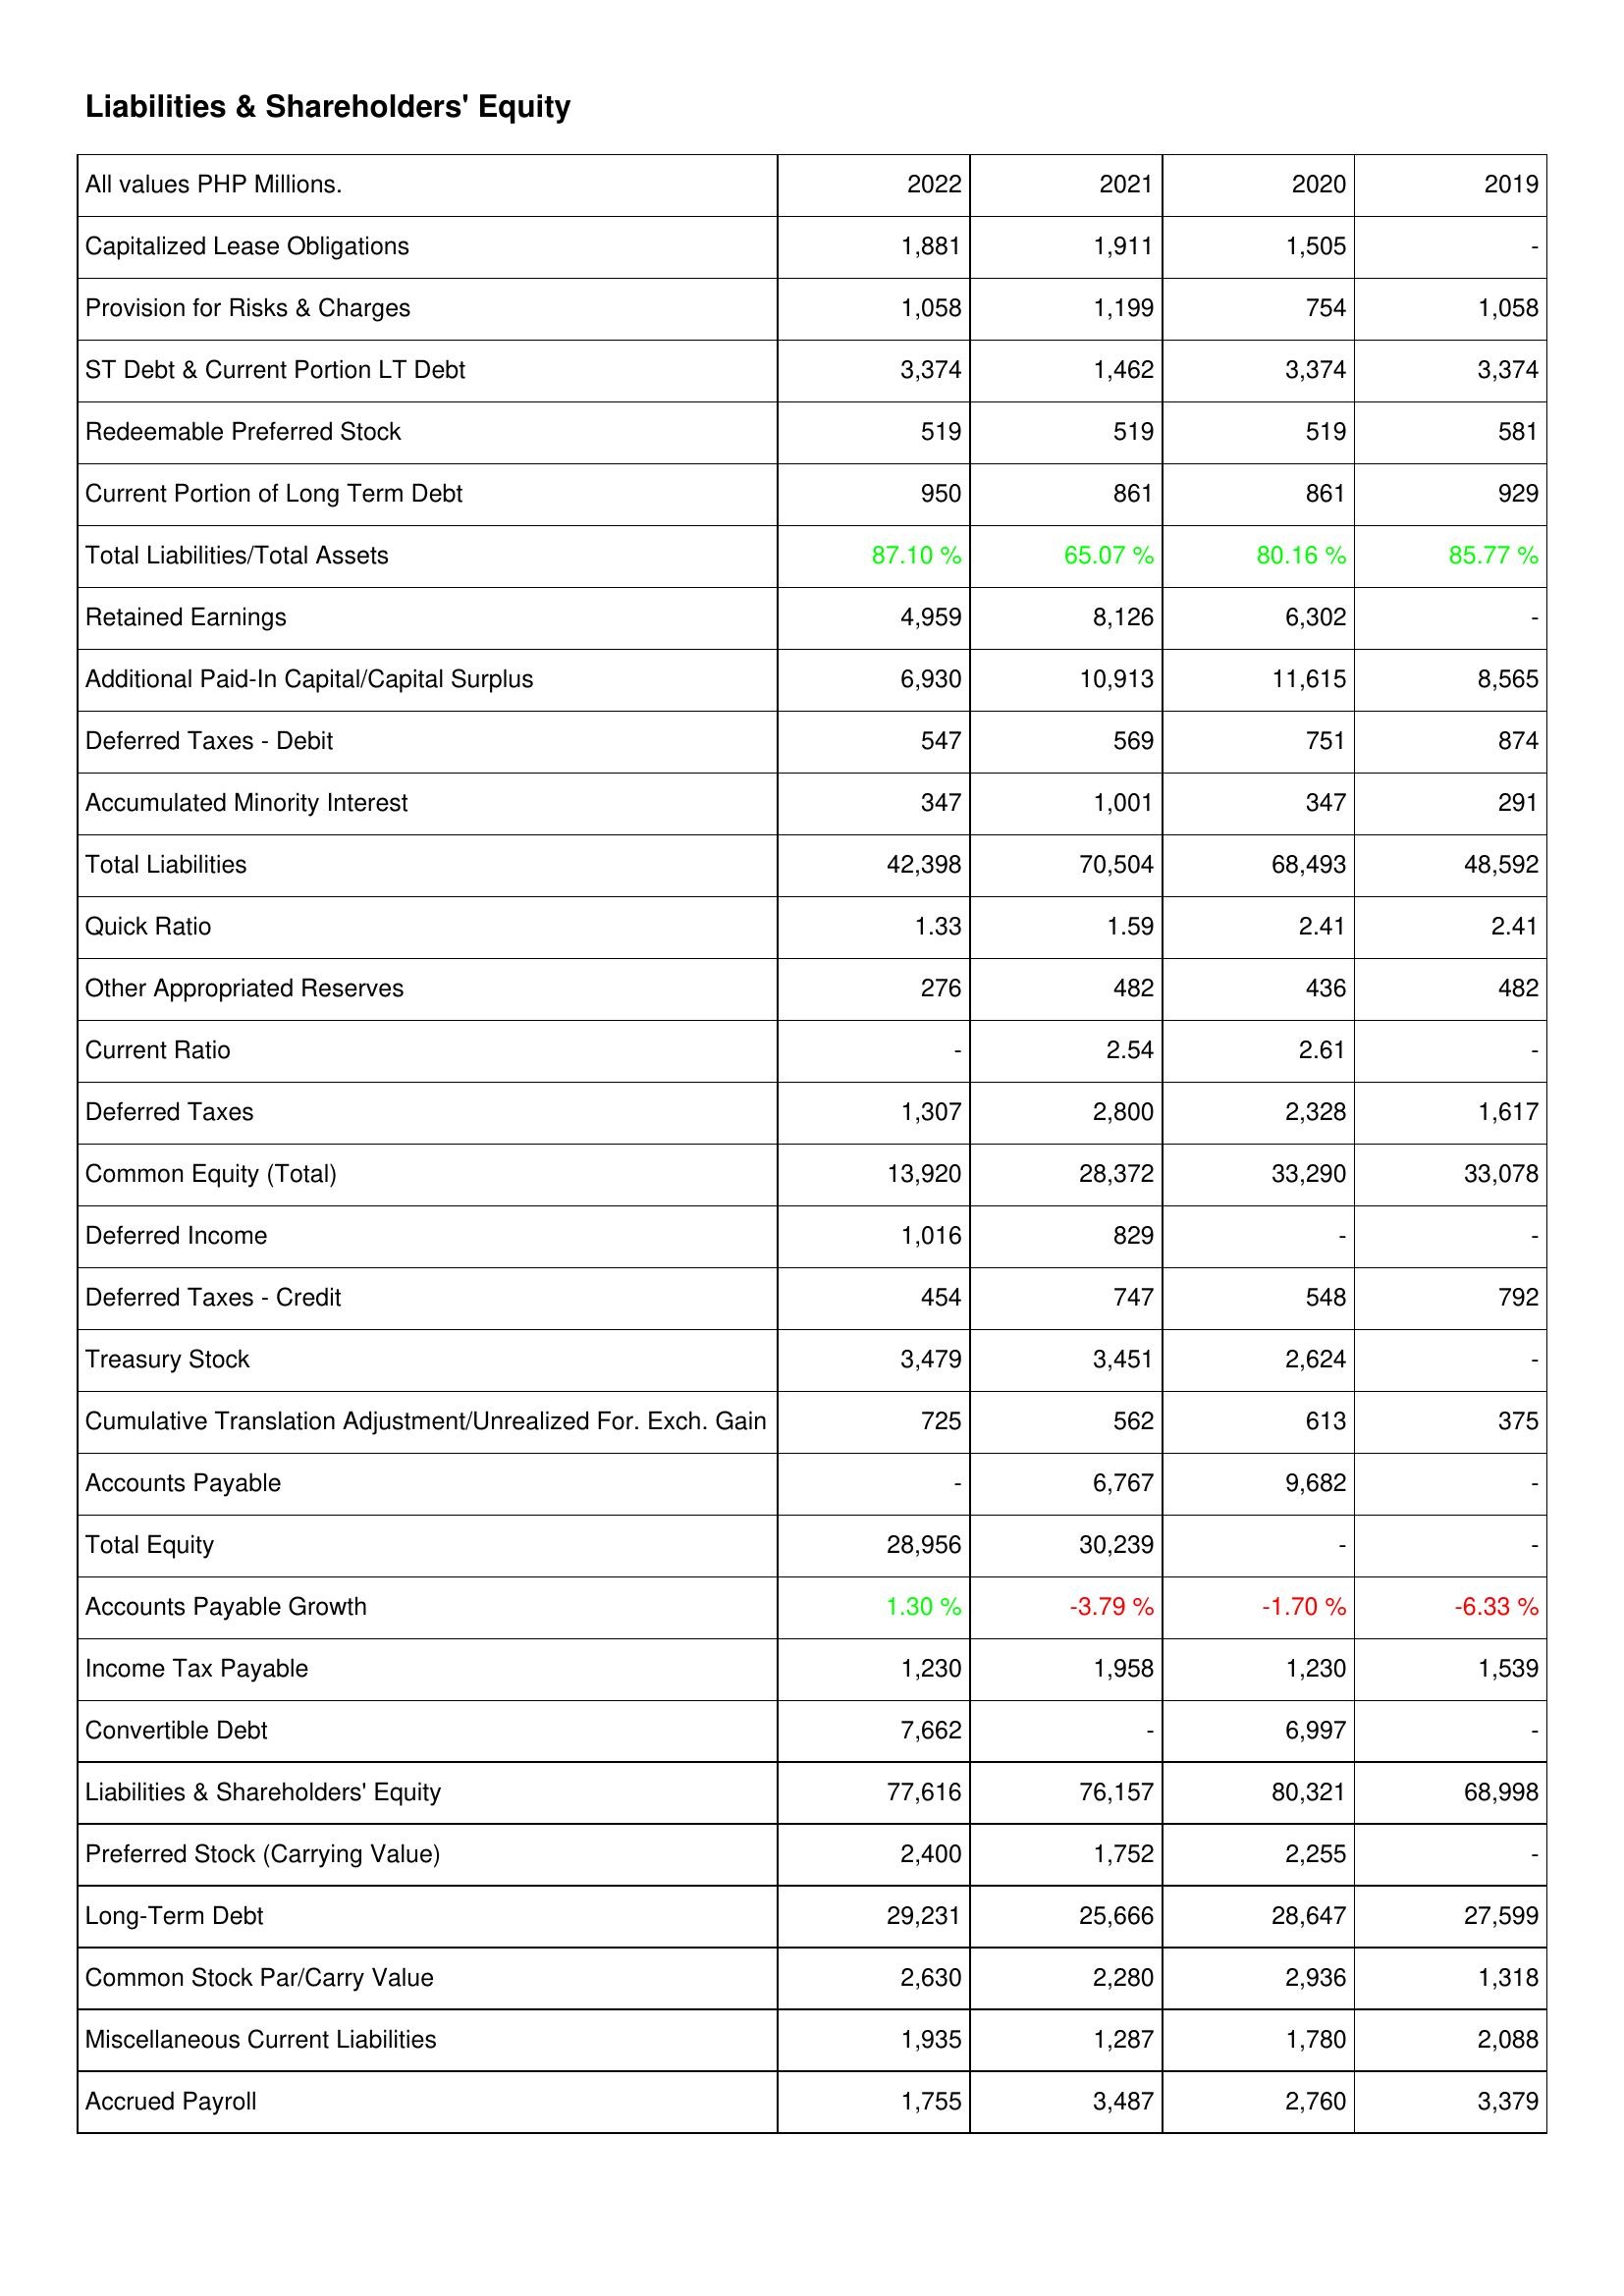
2022: Liabilities & Shareholders' Equity: Capitalized Lease Obligations: 1,881
Provision for Risks & Charges: 1,058
ST Debt & Current Portion LT Debt: 3,374
Redeemable Preferred Stock: 519
Current Portion of Long Term Debt: 950
Total Liabilities/Total Assets: 87.10 %
Retained Earnings: 4,959
Additional Paid-In Capital/Capital Surplus: 6,930
Deferred Taxes - Debit: 547
Accumulated Minority Interest: 347
Total Liabilities: 42,398
Quick Ratio: 1.33
Other Appropriated Reserves: 276
Current Ratio: -
Deferred Taxes: 1,307
Common Equity (Total): 13,920
Deferred Income: 1,016
Deferred Taxes - Credit: 454
Treasury Stock: 3,479
Cumulative Translation Adjustment/Unrealized For. Exch. Gain: 725
Accounts Payable: -
Total Equity: 28,956
Accounts Payable Growth: 1.30 %
Income Tax Payable: 1,230
Convertible Debt: 7,662
Liabilities & Shareholders' Equity: 77,616
Preferred Stock (Carrying Value): 2,400
Long-Term Debt: 29,231
Common Stock Par/Carry Value: 2,630
Miscellaneous Current Liabilities: 1,935
Accrued Payroll: 1,755
2021: Liabilities & Shareholders' Equity: Capitalized Lease Obligations: 1,911
Provision for Risks & Charges: 1,199
ST Debt & Current Portion LT Debt: 1,462
Redeemable Preferred Stock: 519
Current Portion of Long Term Debt: 861
Total Liabilities/Total Assets: 65.07 %
Retained Earnings: 8,126
Additional Paid-In Capital/Capital Surplus: 10,913
Deferred Taxes - Debit: 569
Accumulated Minority Interest: 1,001
Total Liabilities: 70,504
Quick Ratio: 1.59
Other Appropriated Reserves: 482
Current Ratio: 2.54
Deferred Taxes: 2,800
Common Equity (Total): 28,372
Deferred Income: 829
Deferred Taxes - Credit: 747
Treasury Stock: 3,451
Cumulative Translation Adjustment/Unrealized For. Exch. Gain: 562
Accounts Payable: 6,767
Total Equity: 30,239
Accounts Payable Growth: -3.79 %
Income Tax Payable: 1,958
Convertible Debt: -
Liabilities & Shareholders' Equity: 76,157
Preferred Stock (Carrying Value): 1,752
Long-Term Debt: 25,666
Common Stock Par/Carry Value: 2,280
Miscellaneous Current Liabilities: 1,287
Accrued Payroll: 3,487
2020: Liabilities & Shareholders' Equity: Capitalized Lease Obligations: 1,505
Provision for Risks & Charges: 754
ST Debt & Current Portion LT Debt: 3,374
Redeemable Preferred Stock: 519
Current Portion of Long Term Debt: 861
Total Liabilities/Total Assets: 80.16 %
Retained Earnings: 6,302
Additional Paid-In Capital/Capital Surplus: 11,615
Deferred Taxes - Debit: 751
Accumulated Minority Interest: 347
Total Liabilities: 68,493
Quick Ratio: 2.41
Other Appropriated Reserves: 436
Current Ratio: 2.61
Deferred Taxes: 2,328
Common Equity (Total): 33,290
Deferred Income: -
Deferred Taxes - Credit: 548
Treasury Stock: 2,624
Cumulative Translation Adjustment/Unrealized For. Exch. Gain: 613
Accounts Payable: 9,682
Total Equity: -
Accounts Payable Growth: -1.70 %
Income Tax Payable: 1,230
Convertible Debt: 6,997
Liabilities & Shareholders' Equity: 80,321
Preferred Stock (Carrying Value): 2,255
Long-Term Debt: 28,647
Common Stock Par/Carry Value: 2,936
Miscellaneous Current Liabilities: 1,780
Accrued Payroll: 2,760
2019: Liabilities & Shareholders' Equity: Capitalized Lease Obligations: -
Provision for Risks & Charges: 1,058
ST Debt & Current Portion LT Debt: 3,374
Redeemable Preferred Stock: 581
Current Portion of Long Term Debt: 929
Total Liabilities/Total Assets: 85.77 %
Retained Earnings: -
Additional Paid-In Capital/Capital Surplus: 8,565
Deferred Taxes - Debit: 874
Accumulated Minority Interest: 291
Total Liabilities: 48,592
Quick Ratio: 2.41
Other Appropriated Reserves: 482
Current Ratio: -
Deferred Taxes: 1,617
Common Equity (Total): 33,078
Deferred Income: -
Deferred Taxes - Credit: 792
Treasury Stock: -
Cumulative Translation Adjustment/Unrealized For. Exch. Gain: 375
Accounts Payable: -
Total Equity: -
Accounts Payable Growth: -6.33 %
Income Tax Payable: 1,539
Convertible Debt: -
Liabilities & Shareholders' Equity: 68,998
Preferred Stock (Carrying Value): -
Long-Term Debt: 27,599
Common Stock Par/Carry Value: 1,318
Miscellaneous Current Liabilities: 2,088
Accrued Payroll: 3,379